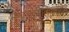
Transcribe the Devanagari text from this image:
मेम्ब्रानोप्रोलिफरेटिव